Trukikaitis_Postimees, lk 59
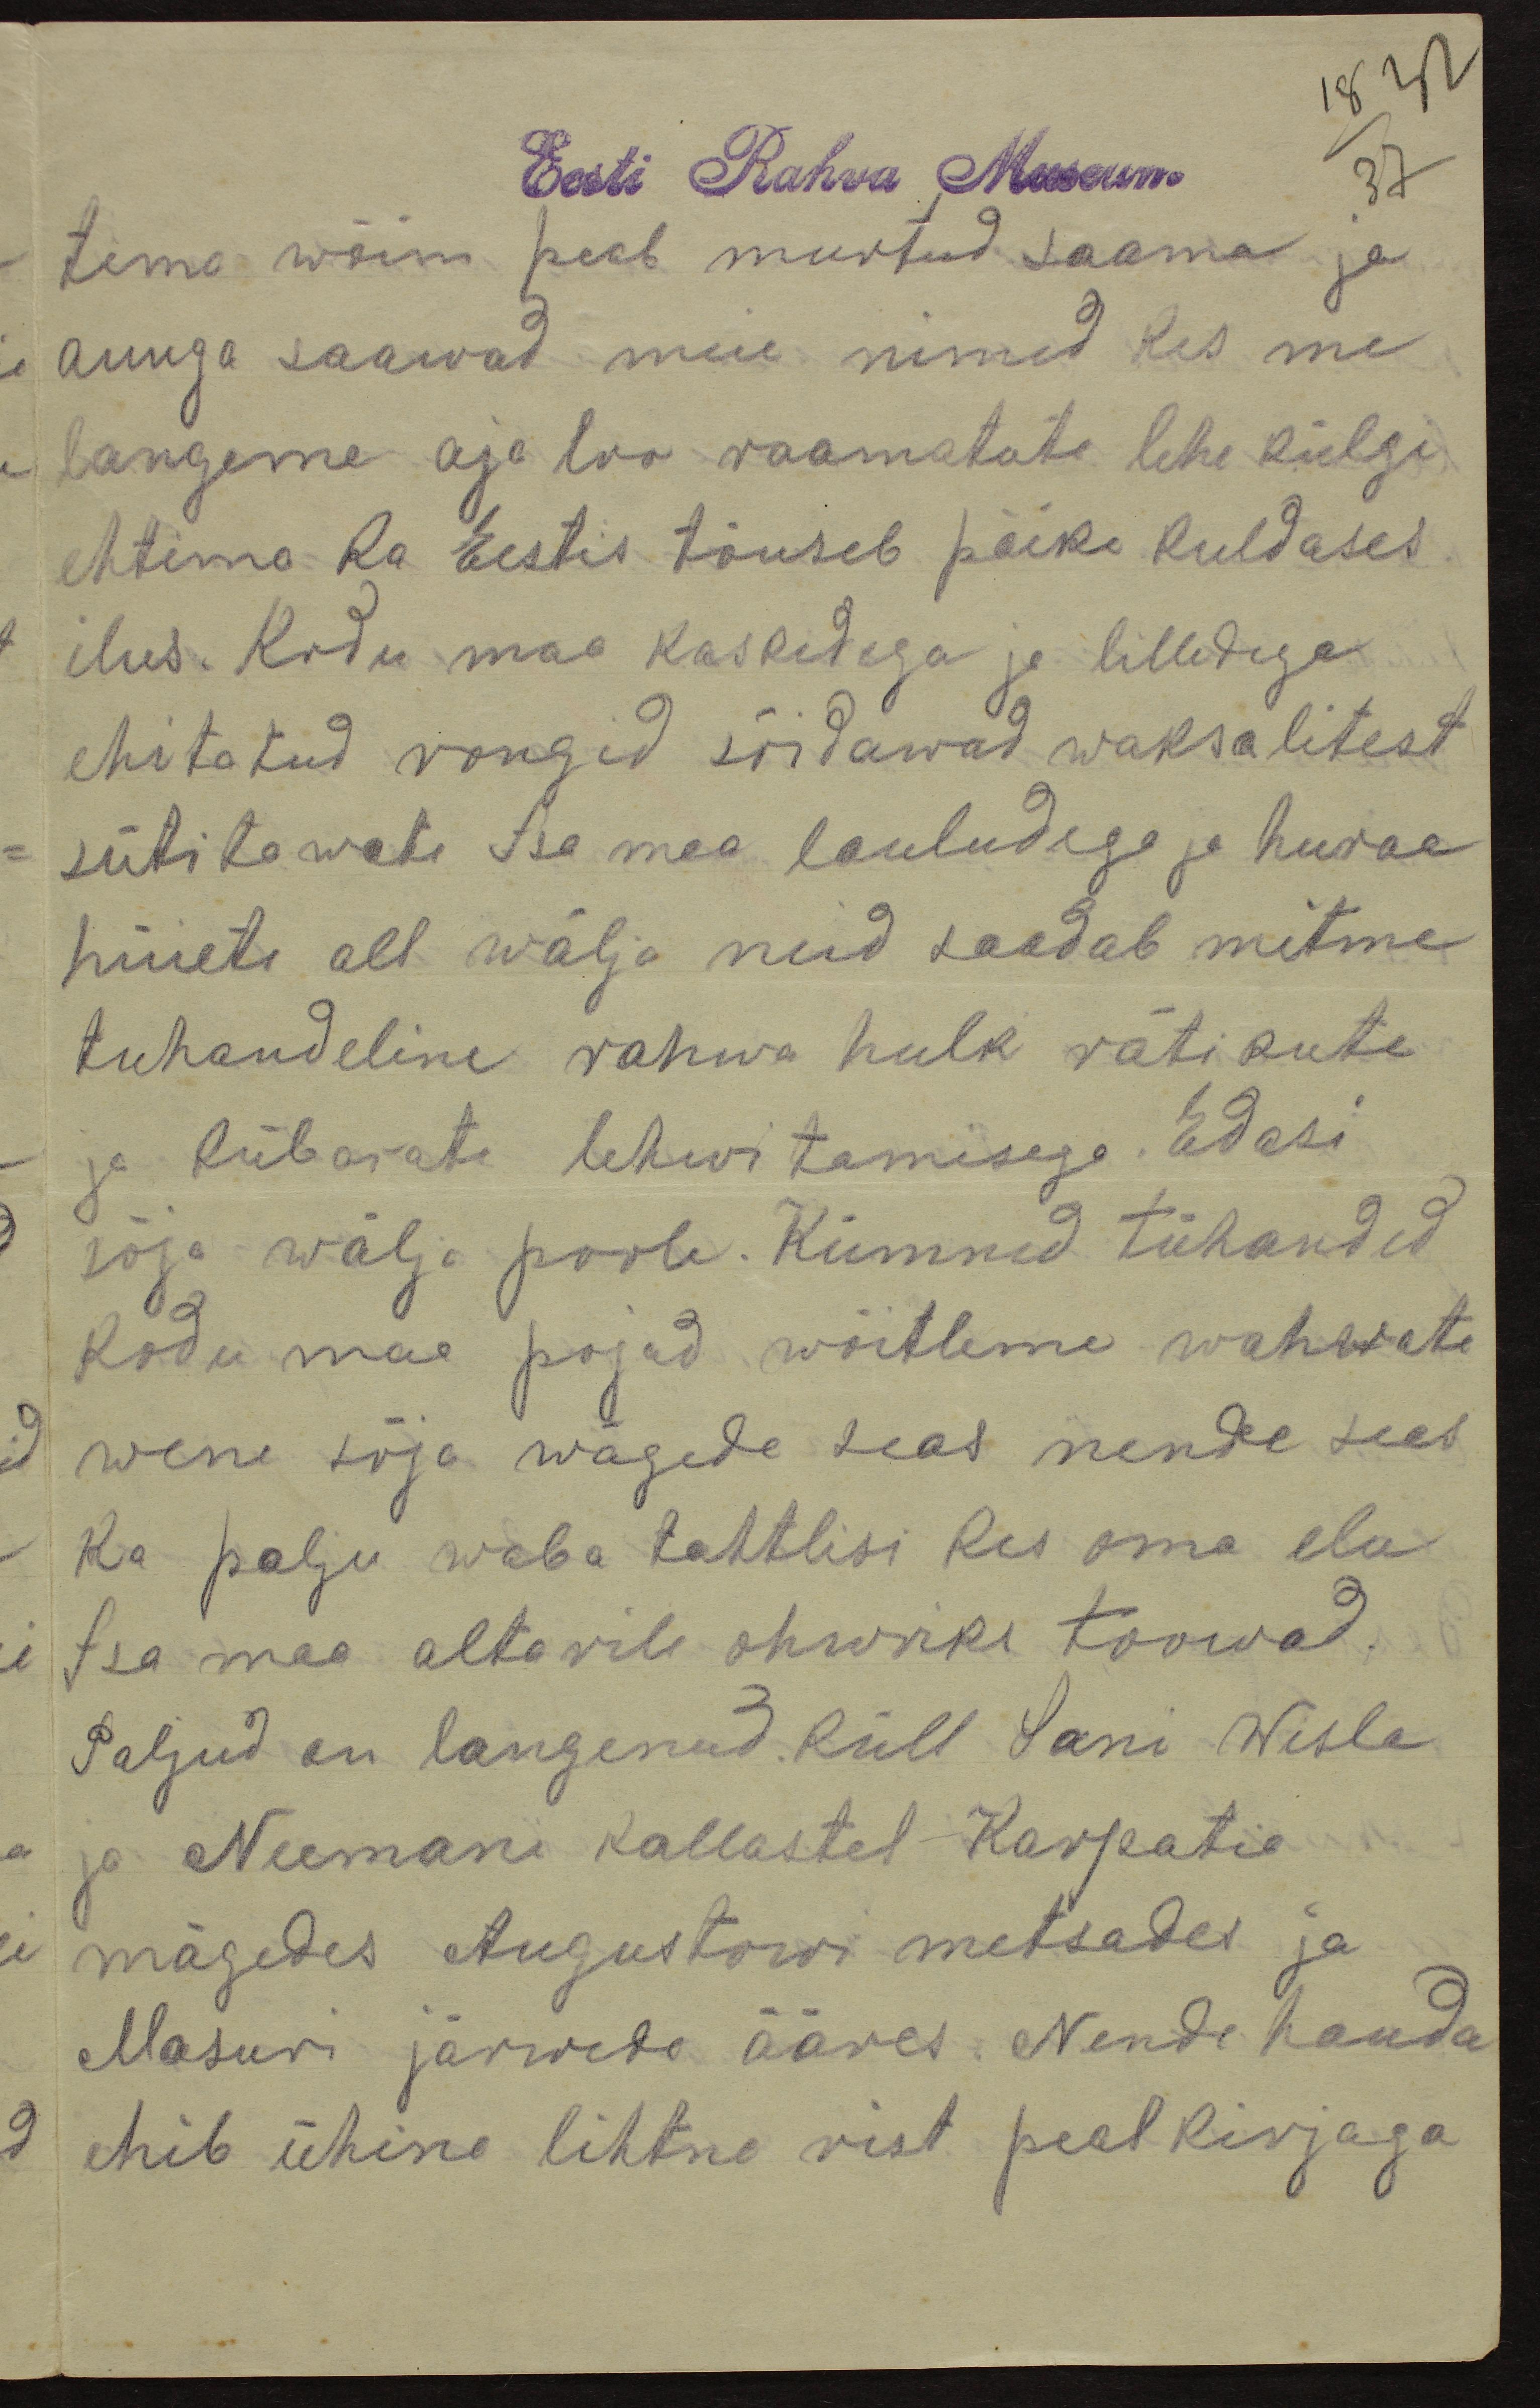
18 32
Eesti Rahva Museum
37
tema wõim peab murtud saama ja
auuga saawad meie nimed kes me
langeme aja loo raamatute lehe külgi
ehtima ka Eestis tõuseb päike kuldases
ilus. Kodu maa kaskedega ja lilledega
ehitatud rongid sõidawad waksalitest
sütitawate Isa maa lauludega ja huraa
hüiete all wälja neid saadab mitme
tuhandeline rahwa hulk rätikute
ja kübarate lehwitamisega. Edasi
sõja wälja poole. Kümned tühanded
kodu maa pojad wõitleme wahwate
wene sõja wägede seas nende seas
ka palju waba tahtlisi kes oma elu
Isa maa altarile ohwriks toowad.
Paljud on langenud. küll Sani Wisla
ja Neemani kallastel Karpatia
mägedes Augustowi metsades ja
Masuri järwede ääres. Nende hauda
ehib ühine lihtne rist pealkirjaga